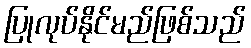
ပြုလုပ်နိုင်မည်ဖြစ်သည်